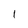
Character: I